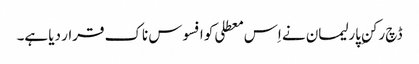
ڈچ رکنِ پارلیمان نے اِس معطلی کو افسوس ناک قرار دیا ہے۔